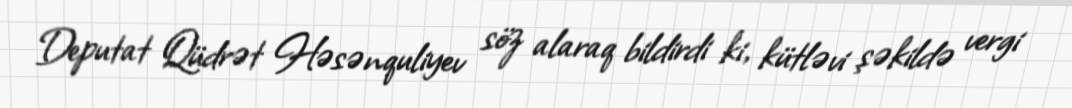
Deputat Qüdrət Həsənquliyev söz alaraq bildirdi ki, kütləvi şəkildə vergi